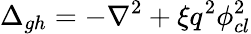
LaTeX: \Delta_{gh}=-\nabla^{2}+\xi q^{2}\phi_{cl}^{2}